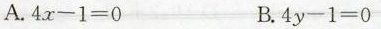
A.$$4x-1=0$$ B.$$4y-1=0$$